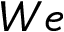
W e